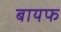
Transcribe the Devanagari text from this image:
बायफ